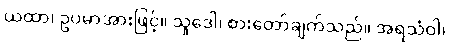
ယထာ၊ ဥပမာအားဖြင့်။ သူဒေါ၊ စားတော်ချက်သည်။ အရသံဝါ၊